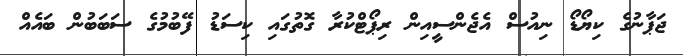
ޖަޕާނުގެ ކިޔޯޑޯ ނިއުސް އެޖެންސީއިން ރިޕޯޓްކުރާ ގޮތުގައި ކިސަޑު ފޭބުމުގެ ސަބަބުން ބައެއް